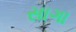
સાગા